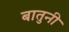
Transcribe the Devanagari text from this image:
बातुनी